Vaccination in Bombay 1869-1873 - 1869-1873
Year: 1869
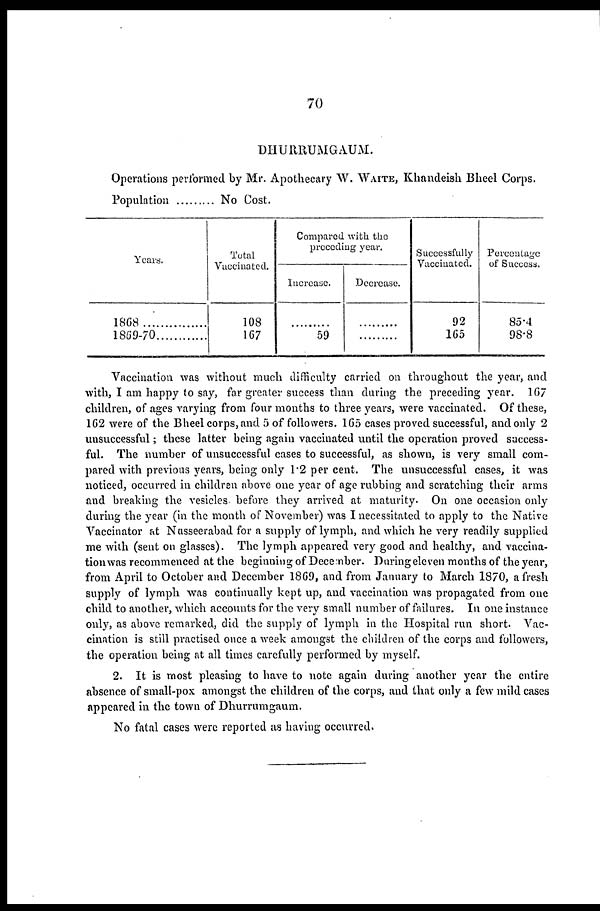
70
DHURRUMGAUM.
Operations performed by Mr. Apothecary W. WAITE, Khandeish Bheel Corps.
Population
No Cost.
Years.
1868
1869-70
Total
Vaccinated.
108
167
Compared with the
preceding year.
Increase.
...........
59
Decrease.
...........
...........
Successfully
Vaccinated.
92
165
Percentage
of Success.
85.4
98.8
Vaccination was without much difficulty carried on throughout the year, and
with, I am happy to say, far greater success than during the preceding year. 167
children, of ages varying from four months to three years, were vaccinated. Of these,
162 were of the Bheel corps, and 5 of followers. 165 cases proved successful, and only 2
unsuccessful; these latter being again vaccinated until the operation proved success-
ful. The number of unsuccessful cases to successful, as shown, is very small com-
pared with previous years, being only 1.2 per cent. The unsuccessful cases, it was
noticed, occurred in children above one year of age rubbing and scratching their arms
and breaking the vesicles before they arrived at maturity. On one occasion only
during the year (in the month of November) was I necessitated to apply to the Native
Vaccinator at Nusseerabad for a supply of lymph, and which he very readily supplied
me with (sent on glasses). The lymph appeared very good and healthy, and vaccina-
tion was recommenced at the beginning of December. During eleven months of the year,
from April to October and December 1869, and from January to March 1870, a fresh
supply of lymph was continually kept up, and vaccination was propagated from one
child to another, which accounts for the very small number of failures. In one instance
only, as above remarked, did the supply of lymph in the Hospital run short. Vac-
cination is still practised once a week amongst the children of the corps and followers,
the operation being at all times carefully performed by myself.
2. It is most pleasing to have to note again during another year the entire
absence of small-pox amongst the children of the corps, and that only a few mild cases
appeared in the town of Dhurrumgaum.
No fatal cases were reported as having occurred.